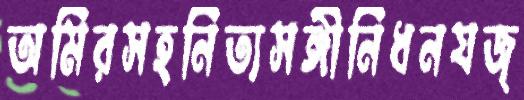
অমিরসহনিত্যসঙ্গীনিধনযজ্